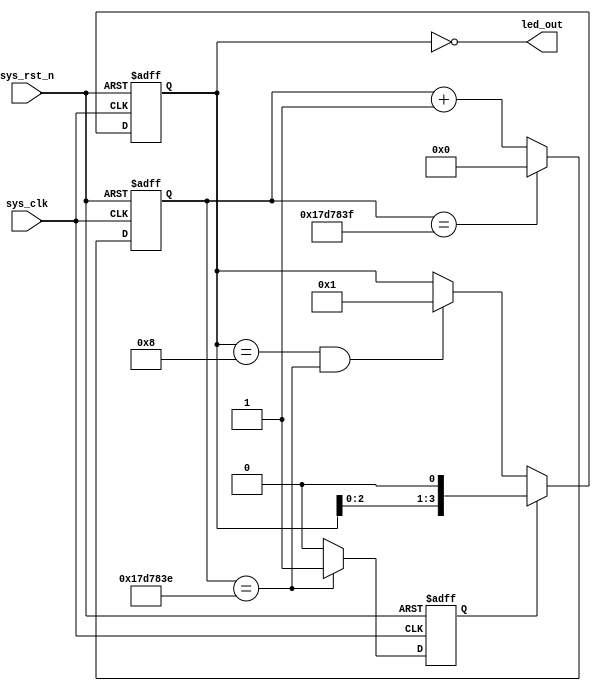
/*
cnt equal CNT_MAX, led_out_reg go left 1'b1, when led_out_reg is 4'b1000 and 
cnt == CNT_MAX - 1'b1 bring led_out_reg to 4'b0001, led_out is reverse of led_out_reg
*/
module water_led
#(
	parameter CNT_MAX = 25'd24_999_999
)
(
	input  	wire		sys_clk,
	input  	wire		sys_rst_n,
	output 	wire [3:0]	led_out
);

reg 	[24:0]		cnt;
reg					cnt_flag;
reg		[3:0]		led_out_reg;

assign led_out = ~led_out_reg;

always@(posedge sys_clk or negedge sys_rst_n)
	if(sys_rst_n == 1'b0)
		cnt <= 25'b0;
	else if(cnt == CNT_MAX)
		cnt <= 25'b0;
	else 
		cnt <= cnt + 1'b1;
		
always@(posedge sys_clk or negedge sys_rst_n)
	if(sys_rst_n == 1'b0)
		cnt_flag <= 1'b0;
	else if(cnt == CNT_MAX - 1'b1)
		cnt_flag <= 1'b1;
	else
		cnt_flag <= 1'b0;
		
always@(posedge sys_clk or negedge sys_rst_n)
	if(sys_rst_n == 1'b0)
		led_out_reg <= 4'b0001;
	else if(cnt_flag == 1'b1)
		led_out_reg <= led_out_reg << 1'b1;
	else if(led_out_reg == 4'b1000 && cnt == CNT_MAX - 1'b1)
		led_out_reg <= 4'b0001;

endmodule